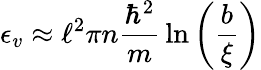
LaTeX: \epsilon_{v}\approx\ell^{2}\pi n{\frac{\hbar^{2}}{m}}\ln\left({\frac{b}{\xi}}\right)